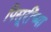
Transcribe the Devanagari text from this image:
पिसूरींच्या